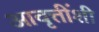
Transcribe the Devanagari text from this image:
आवृत्तींशी